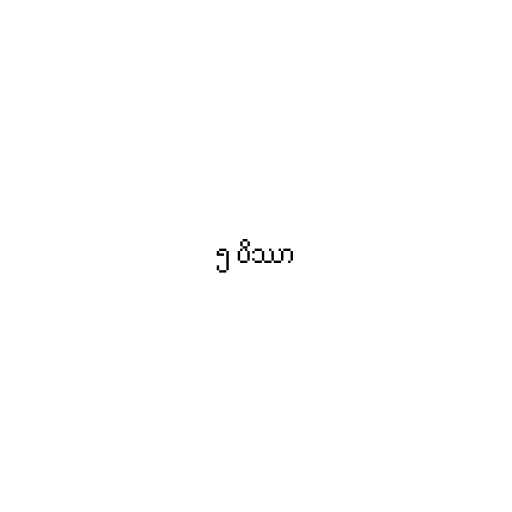
၅ ပိဿာ